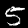
Digit: 5